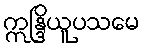
ဣန္ဒြိယူပသမေ